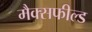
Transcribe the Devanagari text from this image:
मैक्सफील्ड